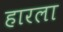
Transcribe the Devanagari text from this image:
हारला